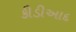
કીડીઆદ